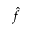
\hat { f }